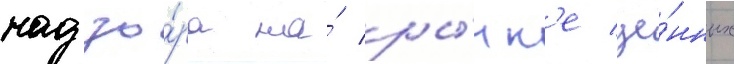
надзо́ра на́ ры́нк'е це́нных